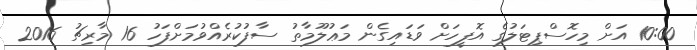
10:00 އަށް މިހޮސްޕިޓަލުގެ އޮފީހަށް ވަޑައިގެން މަޢުލޫމާތު ސާފުކުރެއްވުމަށްފަހު 16 މާރިޗު 2016